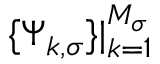
\{ \boldsymbol { \Psi } _ { k , \sigma } \} \rvert _ { k = 1 } ^ { M _ { \sigma } }